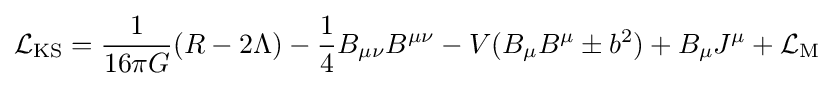
{\mathcal {L}}_{\rm {KS}}={\frac {1}{16\pi G}}(R-2\Lambda )-{\frac {1}{4}}B_{\mu \nu }B^{\mu \nu }-V(B_{\mu }B^{\mu }\pm b^{2})+B_{\mu }J^{\mu }+{\mathcal {L}}_{\rm {M}}